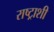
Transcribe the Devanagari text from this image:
राष्ट्राशी